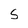
Character: S